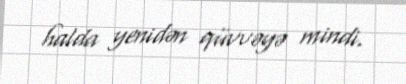
halda yenidən qüvvəyə mindi.